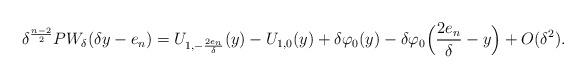
LaTeX: \begin{align*} \delta^{\frac{n-2}{2}}PW_{\delta}(\delta y-e_n) =U_{1,-\frac{2e_n}{\delta}}(y)-U_{1,0}(y)+\delta \varphi_0(y)-\delta \varphi_0\Big(\frac{2e_n}{\delta}-y\Big)+O(\delta^{2}). \end{align*}